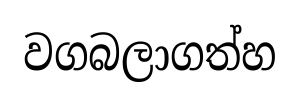
වගබලාගත්හ